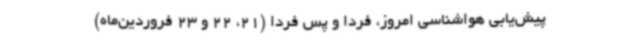
پیش‌یابی هواشناسی امروز، فردا و پس فردا (21، 22 و 23 فروردین‌ماه)